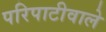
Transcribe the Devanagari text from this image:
परिपाटीवाले